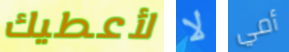
لأعطيك لا أمي